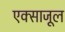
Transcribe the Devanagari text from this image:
एक्साजूल